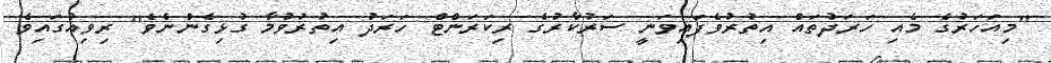
"މިއަހަރުގެ މެއި ހަރަދުތައް އިތުރުވެފައިވަނީ ސަރުކާރުގެ ރިކަރަންޓް ހަރަދު އިތުރުވުމާ ގުޅިގެންނެވެ" ރިވިއުގައިވެ